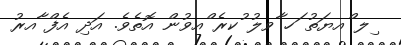
ިލ ްއޔަތު ަހ ާވލު ުކރެ ްއވުން އޮތެވެ. އަދި އެފް ާއރު